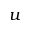
u